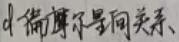
4. 偏摩尔量间关系、